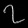
Digit: ၇